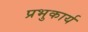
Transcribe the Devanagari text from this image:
प्रभुकार्य